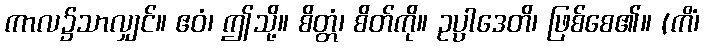
ကာလ၌သာလျှင်။ ဧဝံ၊ ဤသို့။ စိတ္တံ၊ စိတ်ကို။ ဥပ္ပါဒေတိ၊ ဖြစ်စေ၏။ (ကိံ၊